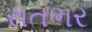
રાતભર